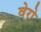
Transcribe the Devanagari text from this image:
वेरो